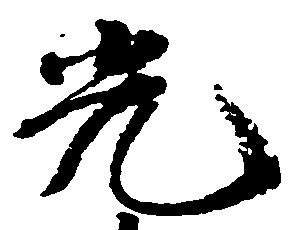
光